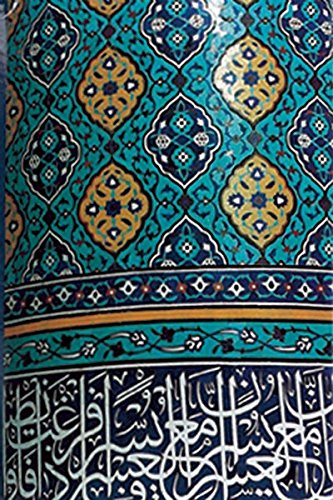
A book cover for Peak of Eloquence, Nahjul Balagha; Ali ibn Abu-Talib; Religion & Spirituality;